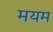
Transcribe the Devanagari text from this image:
मयम